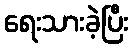
ရေးသားခဲ့ပြီး